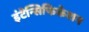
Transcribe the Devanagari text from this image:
इंटेन्सिफिकेशन